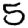
Digit: 5